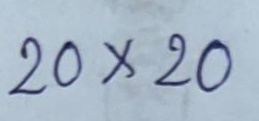
20 x 20